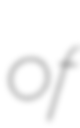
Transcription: of